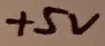
Text: +5V